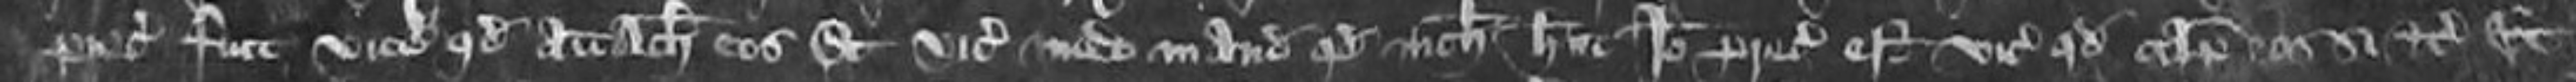
preceptum fuit vicecomiti quod attachiat eos Et vicecomes inde mandavit quod nichil habet Ideo preceptum est vicecomiti quod capiat eos si etc et